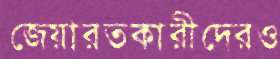
জেয়ারতকারীদেরও